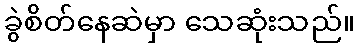
ခွဲစိတ်နေဆဲမှာ သေဆုံးသည်။